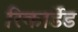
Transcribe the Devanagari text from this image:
रिकार्डेड